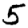
Digit: 5